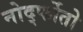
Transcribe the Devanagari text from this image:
नोर्द्फोतो